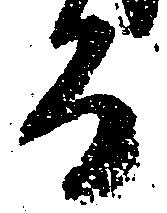
而